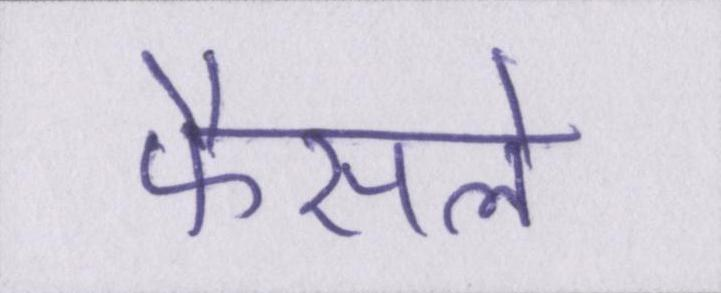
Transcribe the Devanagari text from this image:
फैसले